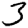
Digit: 3